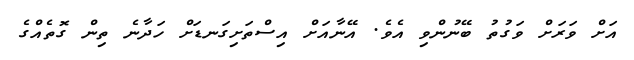
އަށް ވަރަށް ވަގުތު ބޭނުންވި އެވެ. އޭނާއަށް އިސްތަށިގަނޑަށް ހަދާނެ ތިން ގޮތެއްގެ